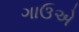
ગાઉએ